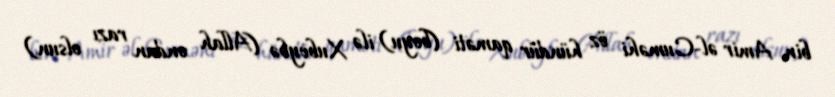
bin Amir əl-Cuməhi öz hündür qaməti (boyu) ilə Xubeybə (Allah ondan razı olsun)